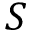
{ \cal { S } }